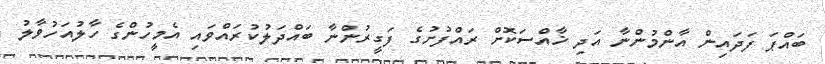
ބައްޕަ ފަދައިން އާންމުންނާ އަދި ޚާއްސަކޮށް ރައްފުށުގެ ފަގީރުންނާ ބައްދަލުކުރައްވައި އެމީހުންގެ ހާލުއަހުވާލު